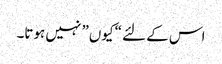
اس کے لئے “کیوں” نہیں ہوتا۔